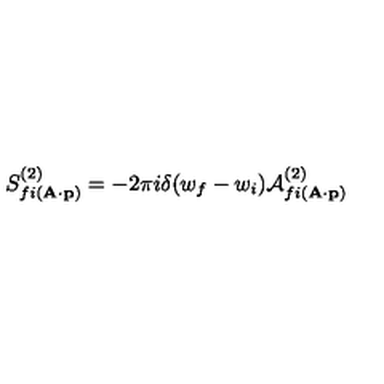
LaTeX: S _ { f i ( { \bf A \cdot p } ) } ^ { ( 2 ) } = - 2 \pi i \delta ( w _ { f } - w _ { i } ) { \cal A } _ { f i ( { \bf A \cdot p } ) } ^ { ( 2 ) }